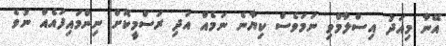
އޭނާ މިއަދު އިސްލާމްވި ނަމަވެސް ކިޔާނެ ނަމެއް އަދި ރަސްމީކޮށް ނިންމައިފައެއް ނުވެ